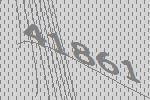
41861